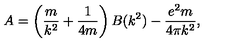
A = \left( \frac { m } { k ^ { 2 } } + \frac { 1 } { 4 m } \right) B ( k ^ { 2 } ) - \frac { e ^ { 2 } m } { 4 \pi k ^ { 2 } } , \,